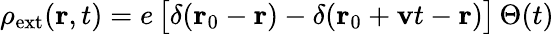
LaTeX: \rho_{\mathrm{ext}}(\mathbf{r},t)=e\, \big[\delta(\mathbf{r}_{0}-\mathbf{r})-\delta(\mathbf{r}_{0}+\mathbf{v}t-\mathbf{r})\big]\, \Theta(t)